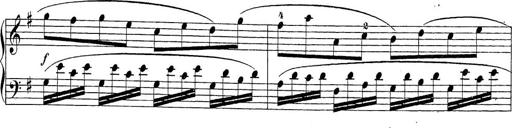
Title: Sonatina Album
Composer: Louis KÃ¶hler